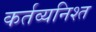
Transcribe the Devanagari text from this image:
कर्तव्यनिश्त